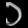
Digit: ၁